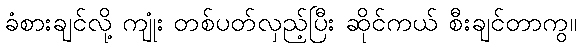
ခံစားချင်လို့ ကျုံး တစ်ပတ်လှည့်ပြီး ဆိုင်ကယ် စီးချင်တာကွ။